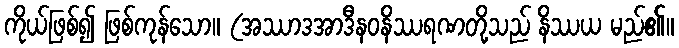
ကိုယ်ဖြစ်၍ ဖြစ်ကုန်သော။ (အဿာဒအာဒီနဝနိဿရဏတို့သည် နိဿယ မည်၏။